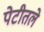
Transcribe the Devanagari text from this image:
पेटीतले